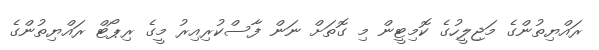
ރައްޔިތުންގެ މަޖިލީހުގެ ކޮމިޓީން މި ގޮތަށް ނަން ފާސްކުރިއިރު މީގެ ރިޕޯޓް ރައްޔިތުންގެ